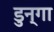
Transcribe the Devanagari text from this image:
डुन्गा